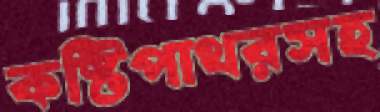
কষ্টিপাথরসহ